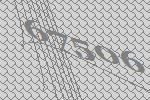
67506